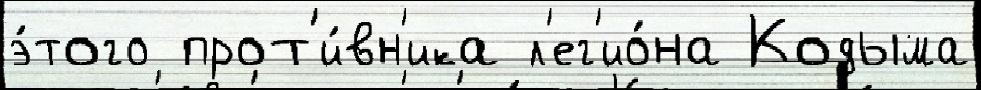
э́того прот'и́вн'ика л'ег'ио́на Кодыма